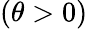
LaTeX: \left(\theta>0\right)